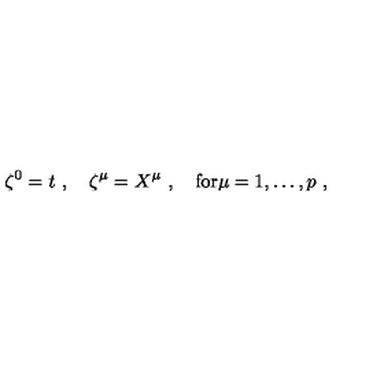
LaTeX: \zeta ^ { 0 } = t \ , \quad \zeta ^ { \mu } = X ^ { \mu } \ , \quad \mathrm { f o r } \mu = 1 , \ldots , p \ ,